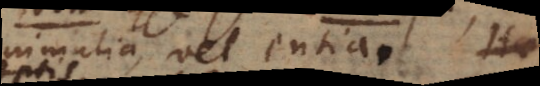
animalia vel entia. Ita